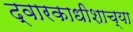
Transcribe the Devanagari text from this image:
द्वारकाधीशाच्या